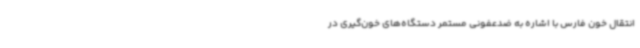
انتقال خون فارس با اشاره به ضدعفونی مستمر دستگاه‌های خون‌گیری در